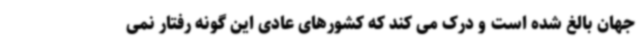
جهان بالغ شده است و درک می کند که کشورهای عادی این گونه رفتار نمی